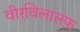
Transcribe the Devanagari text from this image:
वीरविलासफ़